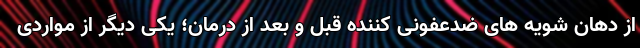
از دهان شویه های ضدعفونی کننده قبل و بعد از درمان؛ یکی دیگر از مواردی